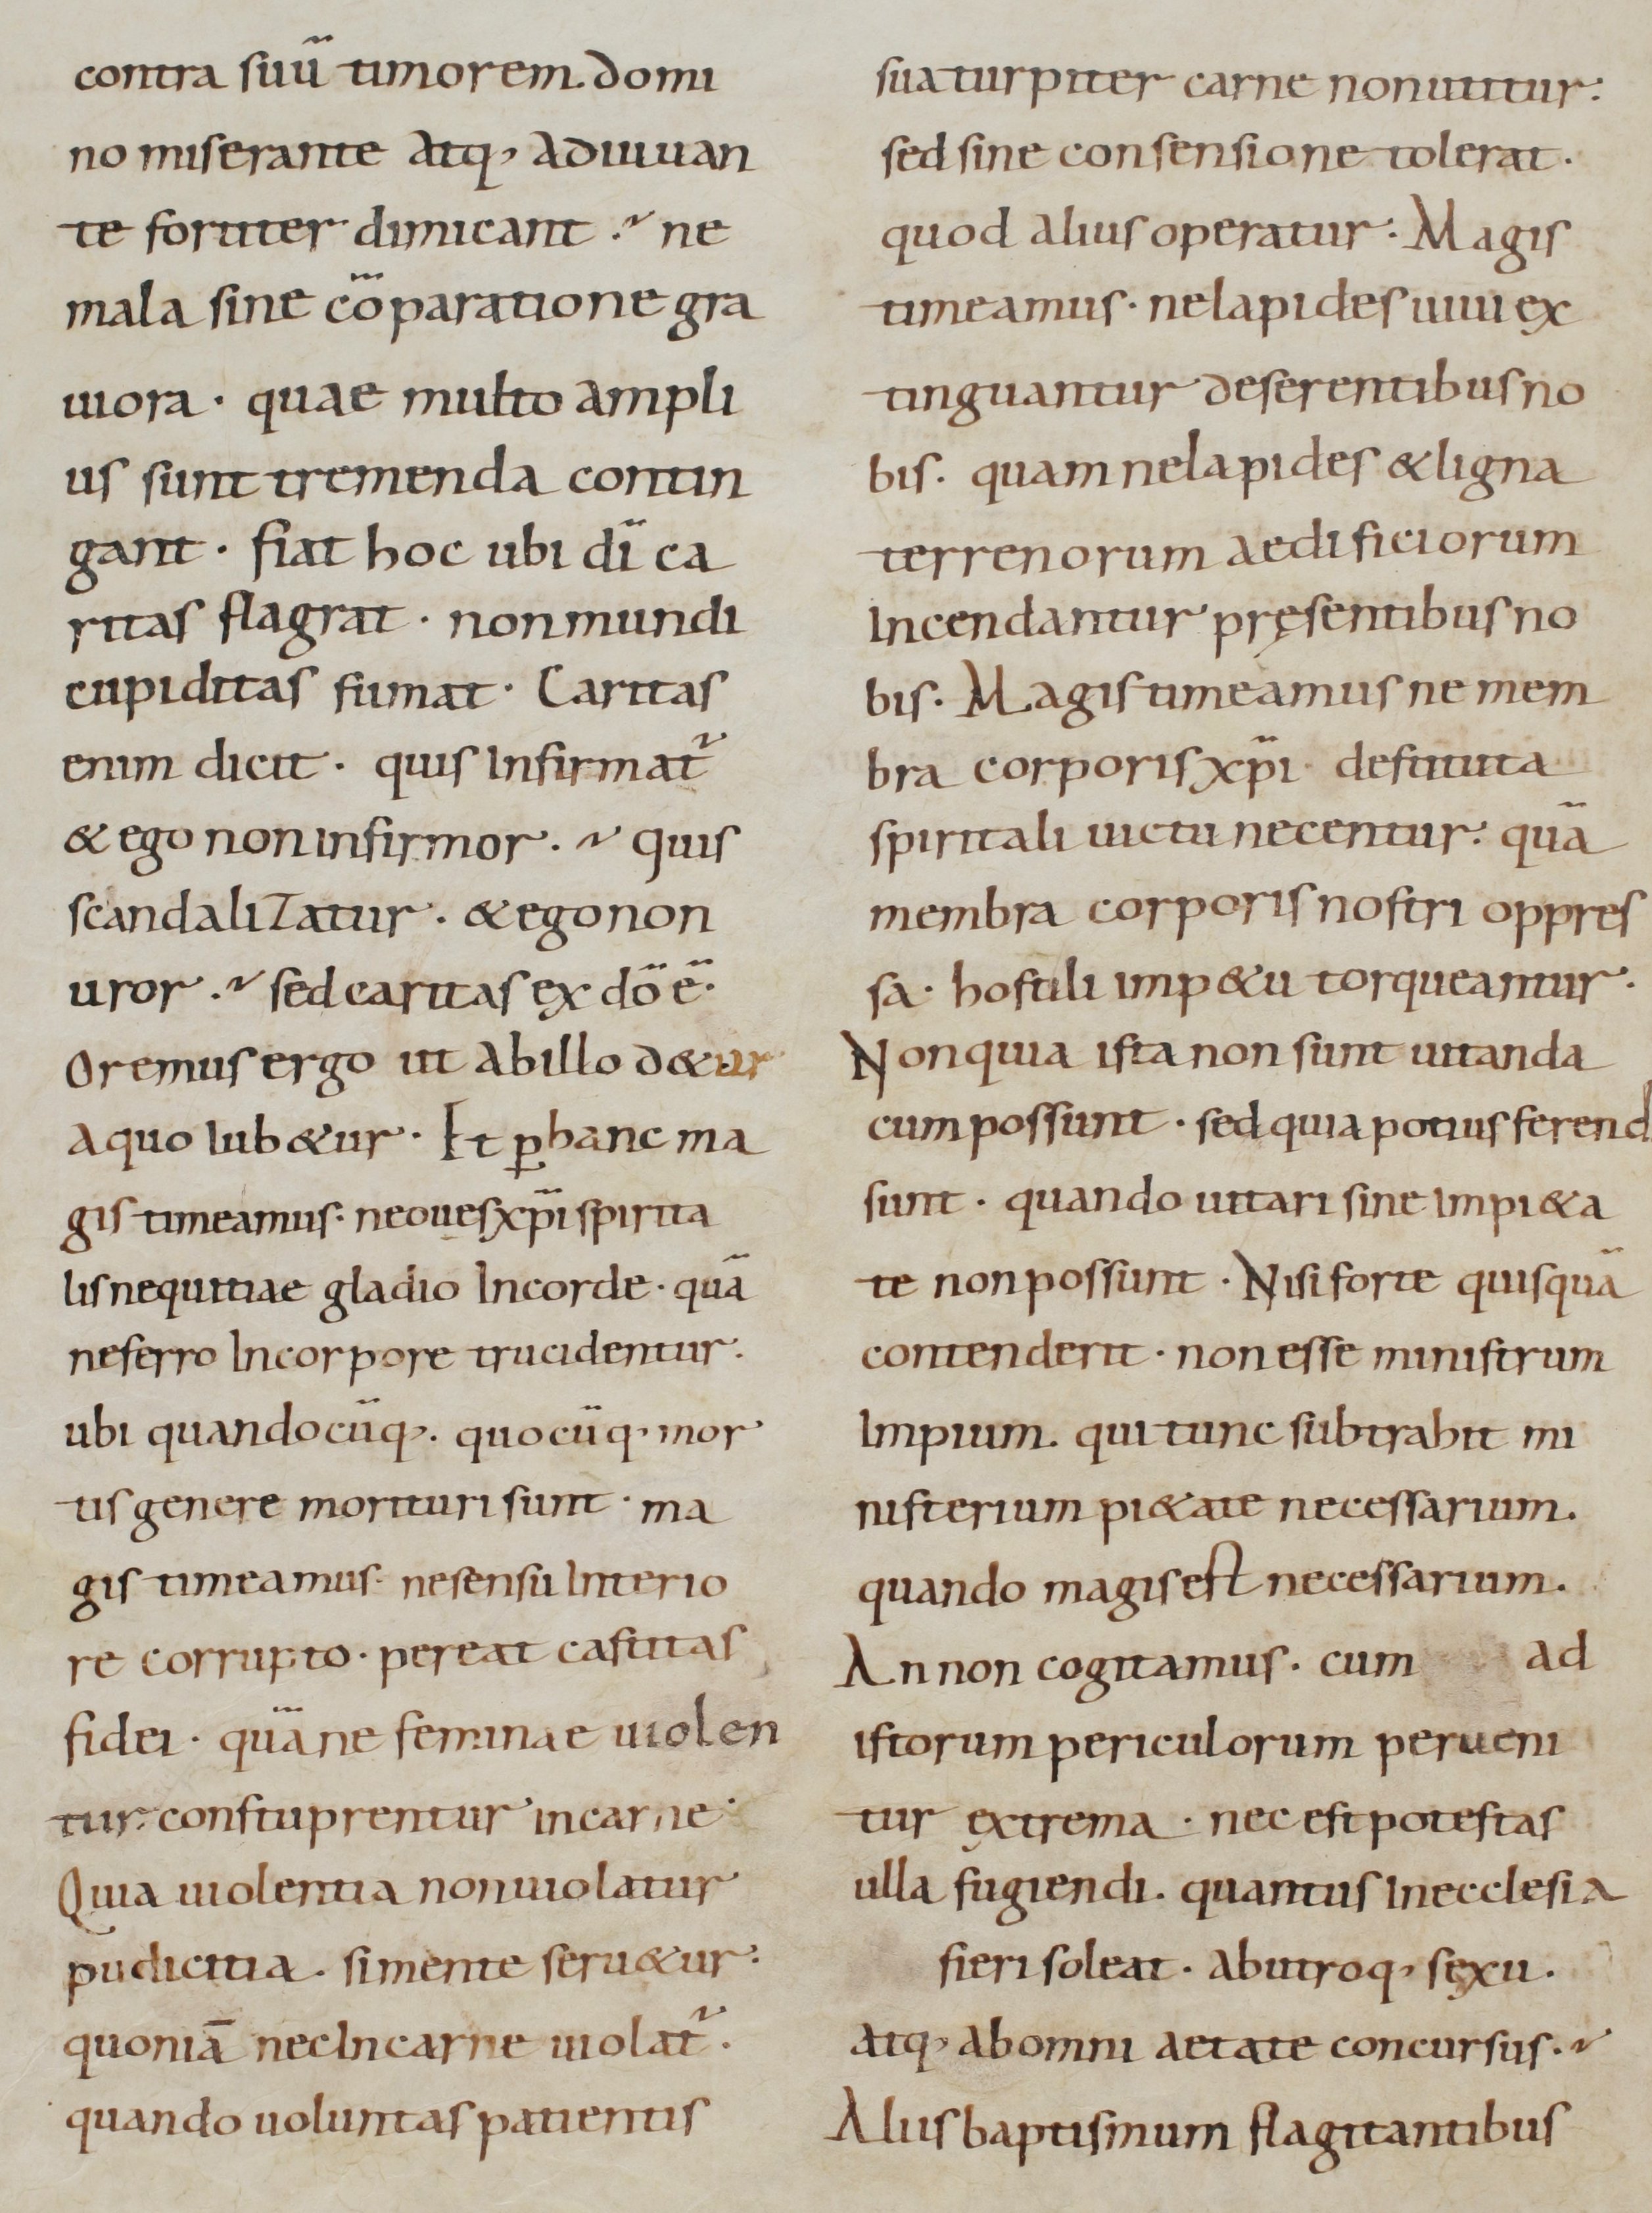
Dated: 800–999